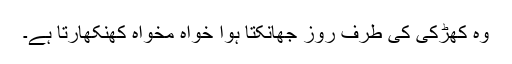
وہ کھڑکی کی طرف روز جھانکتا ہوا خواہ مخواہ کھنکھارتا ہے۔